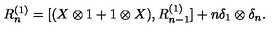
R _ { n } ^ { ( 1 ) } = [ ( X \otimes 1 + 1 \otimes X ) , R _ { n - 1 } ^ { ( 1 ) } ] + n \delta _ { 1 } \otimes \delta _ { n } .